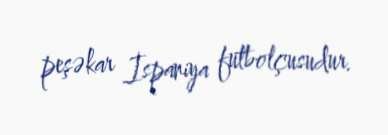
peşəkar İspaniya futbolçusudur.